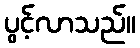
ပွင့်လာသည်။